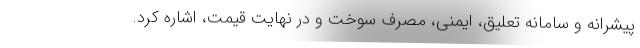
پیشرانه و سامانه تعلیق، ایمنی، مصرف سوخت و در نهایت قیمت، اشاره کرد.